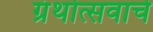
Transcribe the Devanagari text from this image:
ग्रंथोत्सवाचे